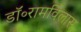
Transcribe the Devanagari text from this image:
डॉ॰रामविलास